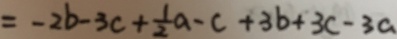
= - 2 b - 3 c + \frac { 1 } { 2 } a - c + 3 b + 3 c - 3 a